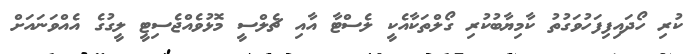
ކުރި ހޯދައިފިފަހުވަގުތު ކާމިޔާބުކުރި ގޯލްތަކާއެކީ ލެސްޓާ އާއި ޗެލްސީ މޮޅުވެއްޖެސިޓީ ލީގުގެ އެއްވަނައަށް